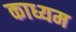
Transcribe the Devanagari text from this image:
काध्यम